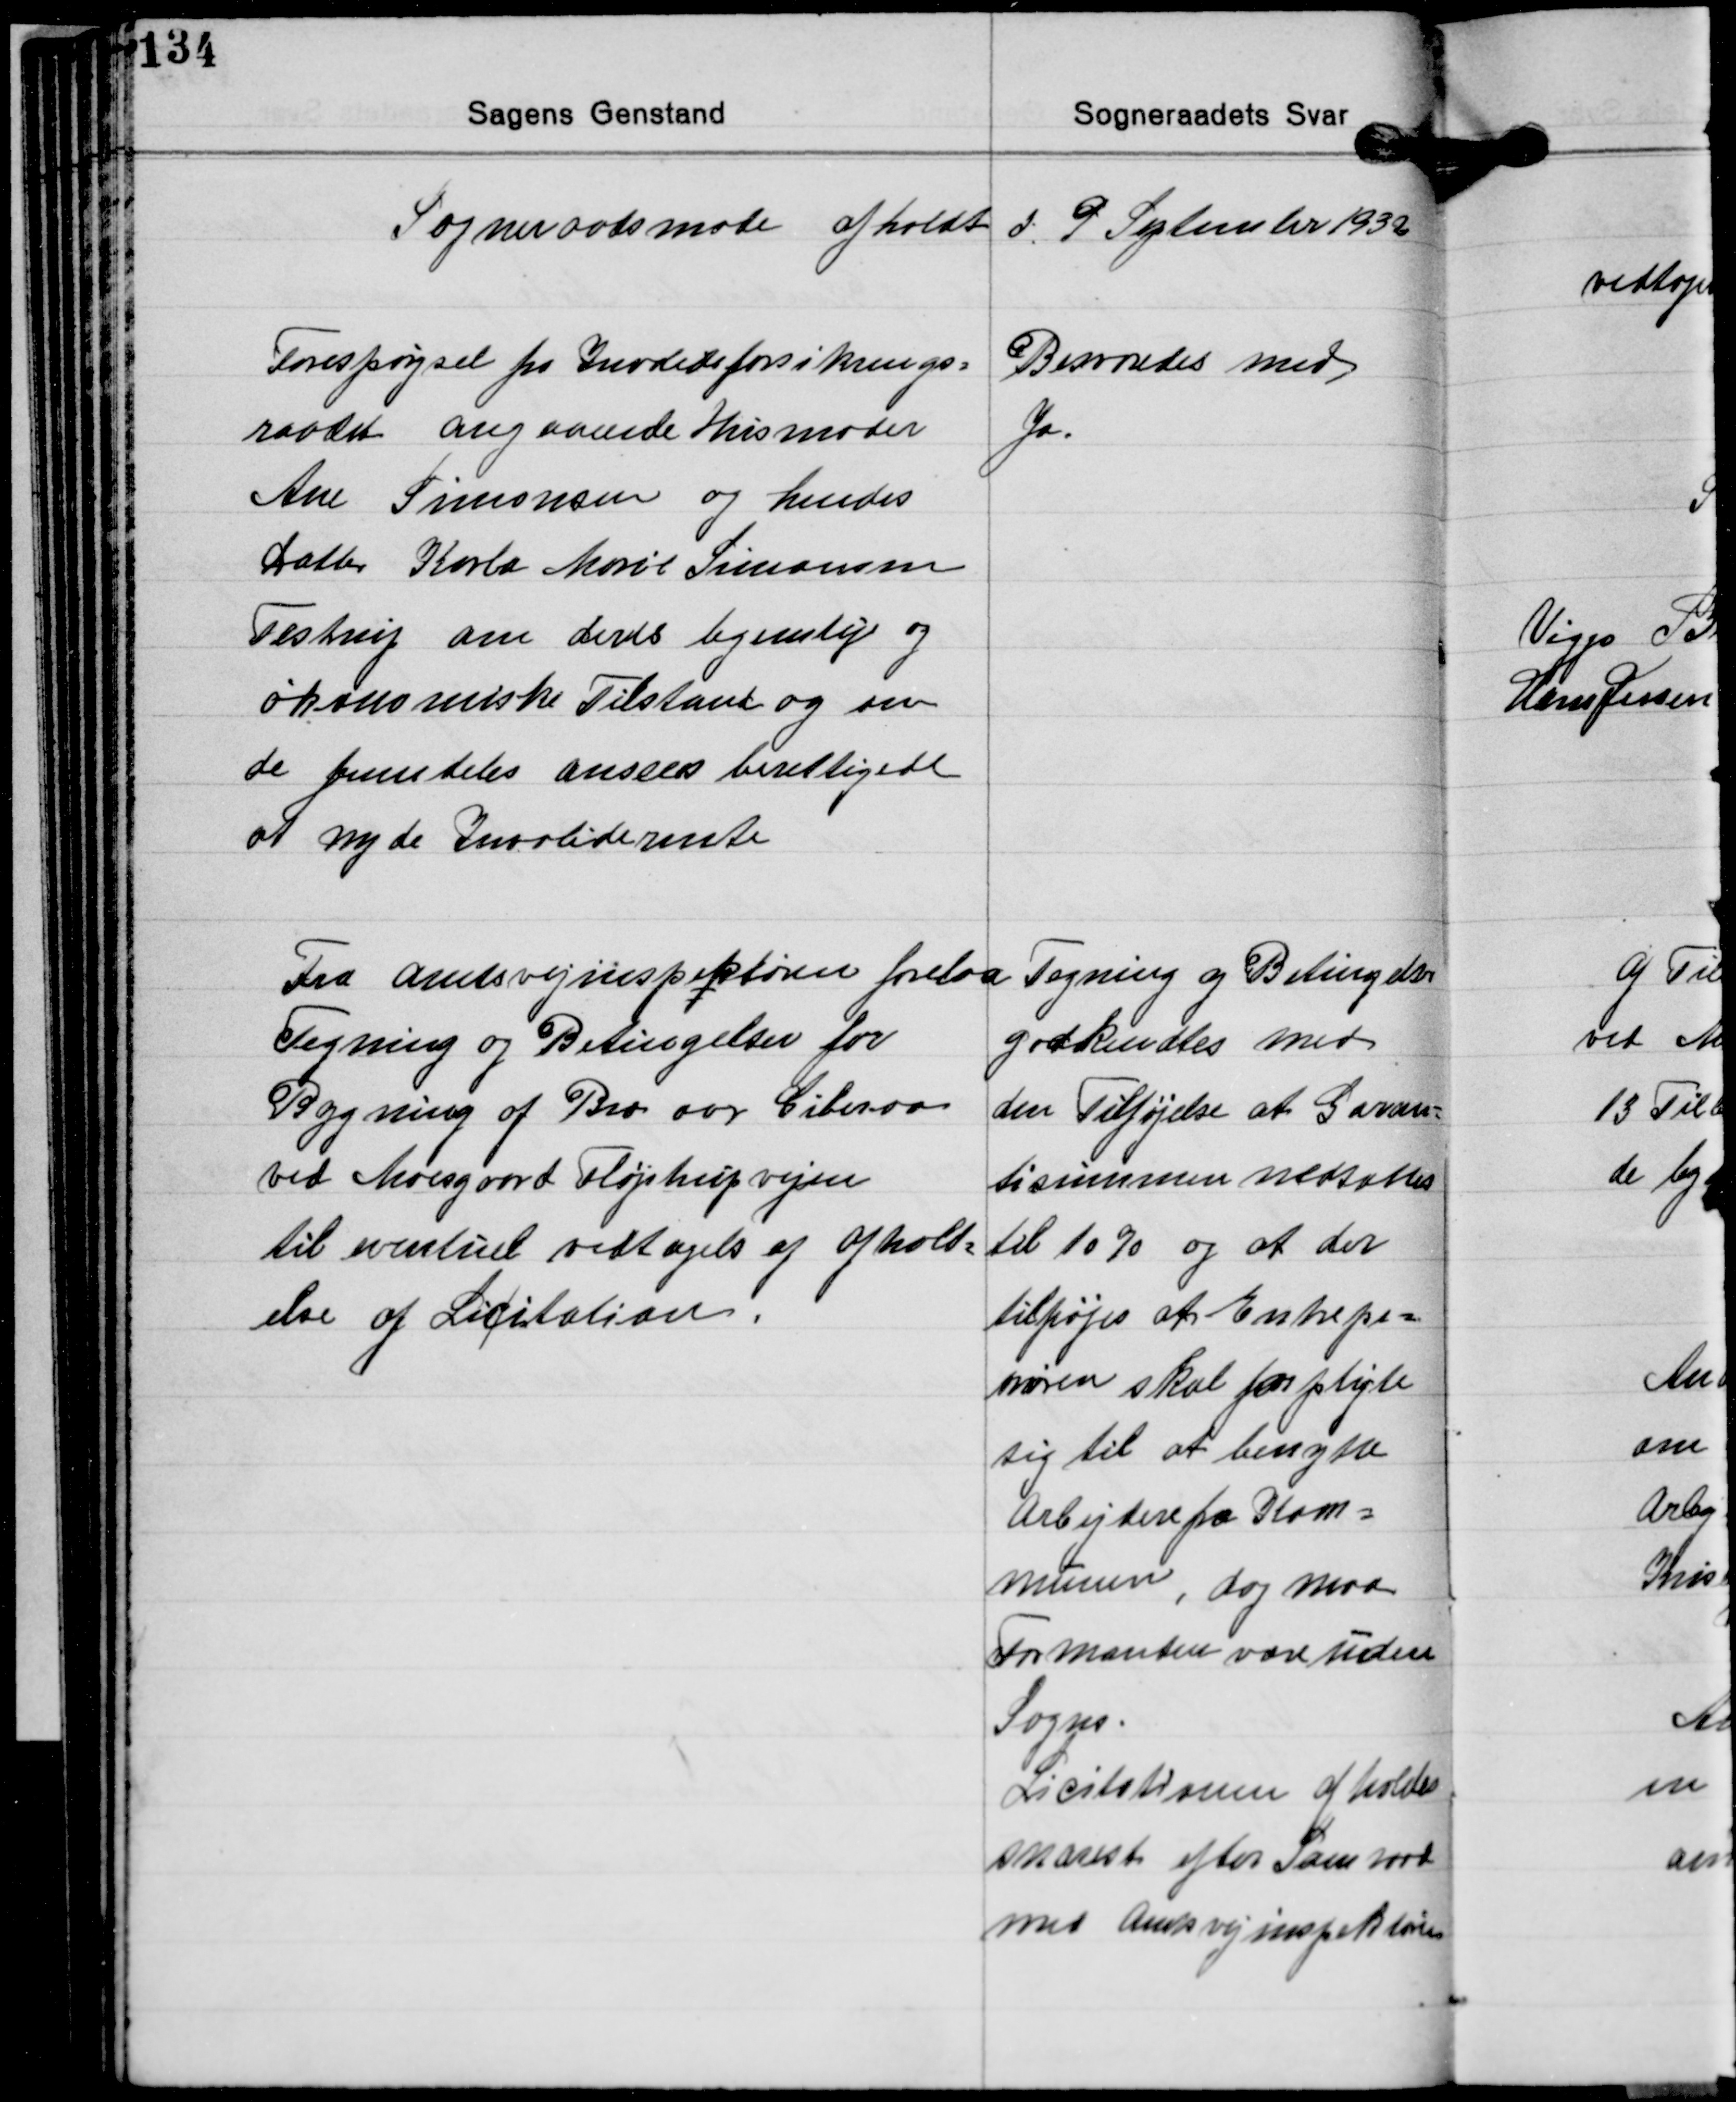
Transskription:
Sogneraadsmøde afholdt d. 9 September 1932

Forespørgsel fra Invalideforsikrings-
raadet angaaende Husmoder
Ane Simonsen og hendes
Datter Karla Moril Simonsen
Testrup om deres hjemlige og
økonomiske Tilstand og om
de fremdeles ansees berettigede
at nyde Invaliderente

Besvaredes med
Ja.

Fra Amtsvejinspektøren forelaa

Tegning og Betingelser

Tegning og Betingelser for
Bygning af Bro over Giberaa
ved Moesgaard Fløjstrupvejen
til eventuel vedtagels af afhold-
else af Licitation.

godkendtes med
den Tilføjelse af Garan-
tisummen nedsættes
til 10% og at der
tilføjes at Entrepe-
nøren skal forpligte
sig til at benytte
Arbejdere fra Kom-
munen, dog maa
Formanden være uden
Sogns.
Licitationen afholdes
Snarest efter Samraad
med Amtsvejinspektøren